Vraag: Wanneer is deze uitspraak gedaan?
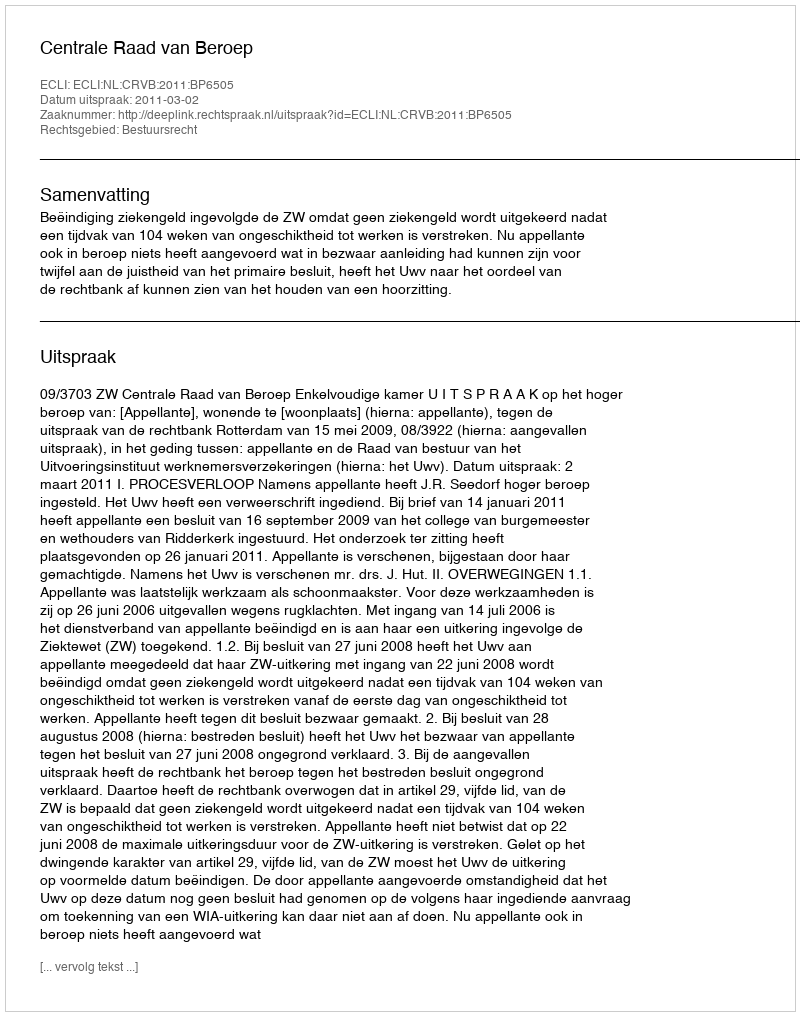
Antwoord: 2011-03-02